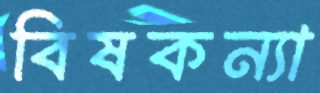
বিষকন্যা